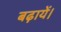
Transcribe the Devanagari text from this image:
बढ़ायें।